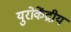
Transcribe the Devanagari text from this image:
युरोकेंद्रीय